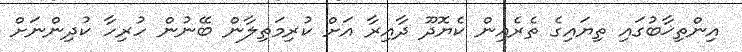
އިންތިޚާބުގައި ތިޔައިގެ ތެރެއިން ކެޔޮދޫ ދާއިރާ އަށް ކުރިމަތިލާން ބޭނުން ހުރިހާ ކުދިންނަށް